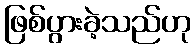
ဖြစ်ပွားခဲ့သည်ဟု